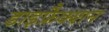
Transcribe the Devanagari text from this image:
डाइफ्रैक्शन